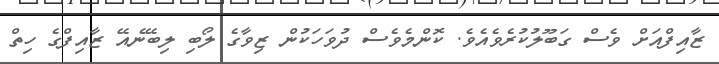
ޒާއިފްއަށް ވެސް ގަބޫލުކުރެވެއެވެ. ކޮންމެވެސް ދުވަހަކުން ޒިވާގެ ލޯބި ލިބޭނެއޭ ޒާއިފްގެ ހިތް